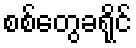
စစ်တွေခရိုင်